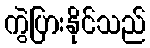
ကွဲပြားနိုင်သည်